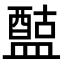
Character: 𥂰